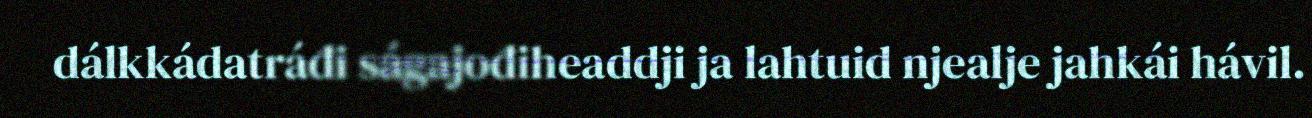
dálkkádatráđi ságajođiheaddji ja lahtuid njealje jahkái hávil.